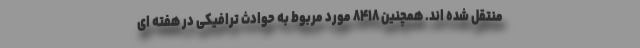
منتقل شده اند. همچنین ۸۴۱۸ مورد مربوط به حوادث ترافیکی در هفته ای